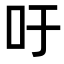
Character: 吁